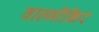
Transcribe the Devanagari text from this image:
वाल्मीकिर